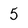
Character: 5